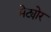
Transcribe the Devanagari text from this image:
मेट्योर